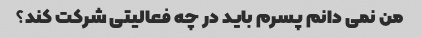
من نمی دانم پسرم باید در چه فعالیتی شرکت کند؟